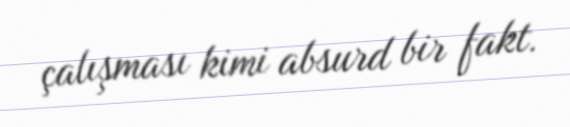
çalışması kimi absurd bir fakt.